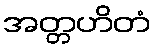
အတ္တဟိတံ